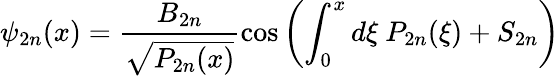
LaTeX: \psi_{2n}(x)=\frac{B_{2n}}{\sqrt{P_{2n}(x)}}\cos\left(\int_{0}^{x}d\xi\ P_{2n}(\xi)+S_{2n}\right)